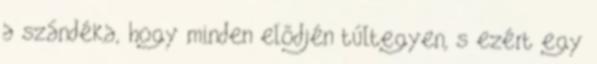
a szándéka, hogy minden elődjén túltegyen, s ezért egy